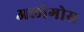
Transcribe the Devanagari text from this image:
अलोगोस